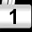
Digit: 1